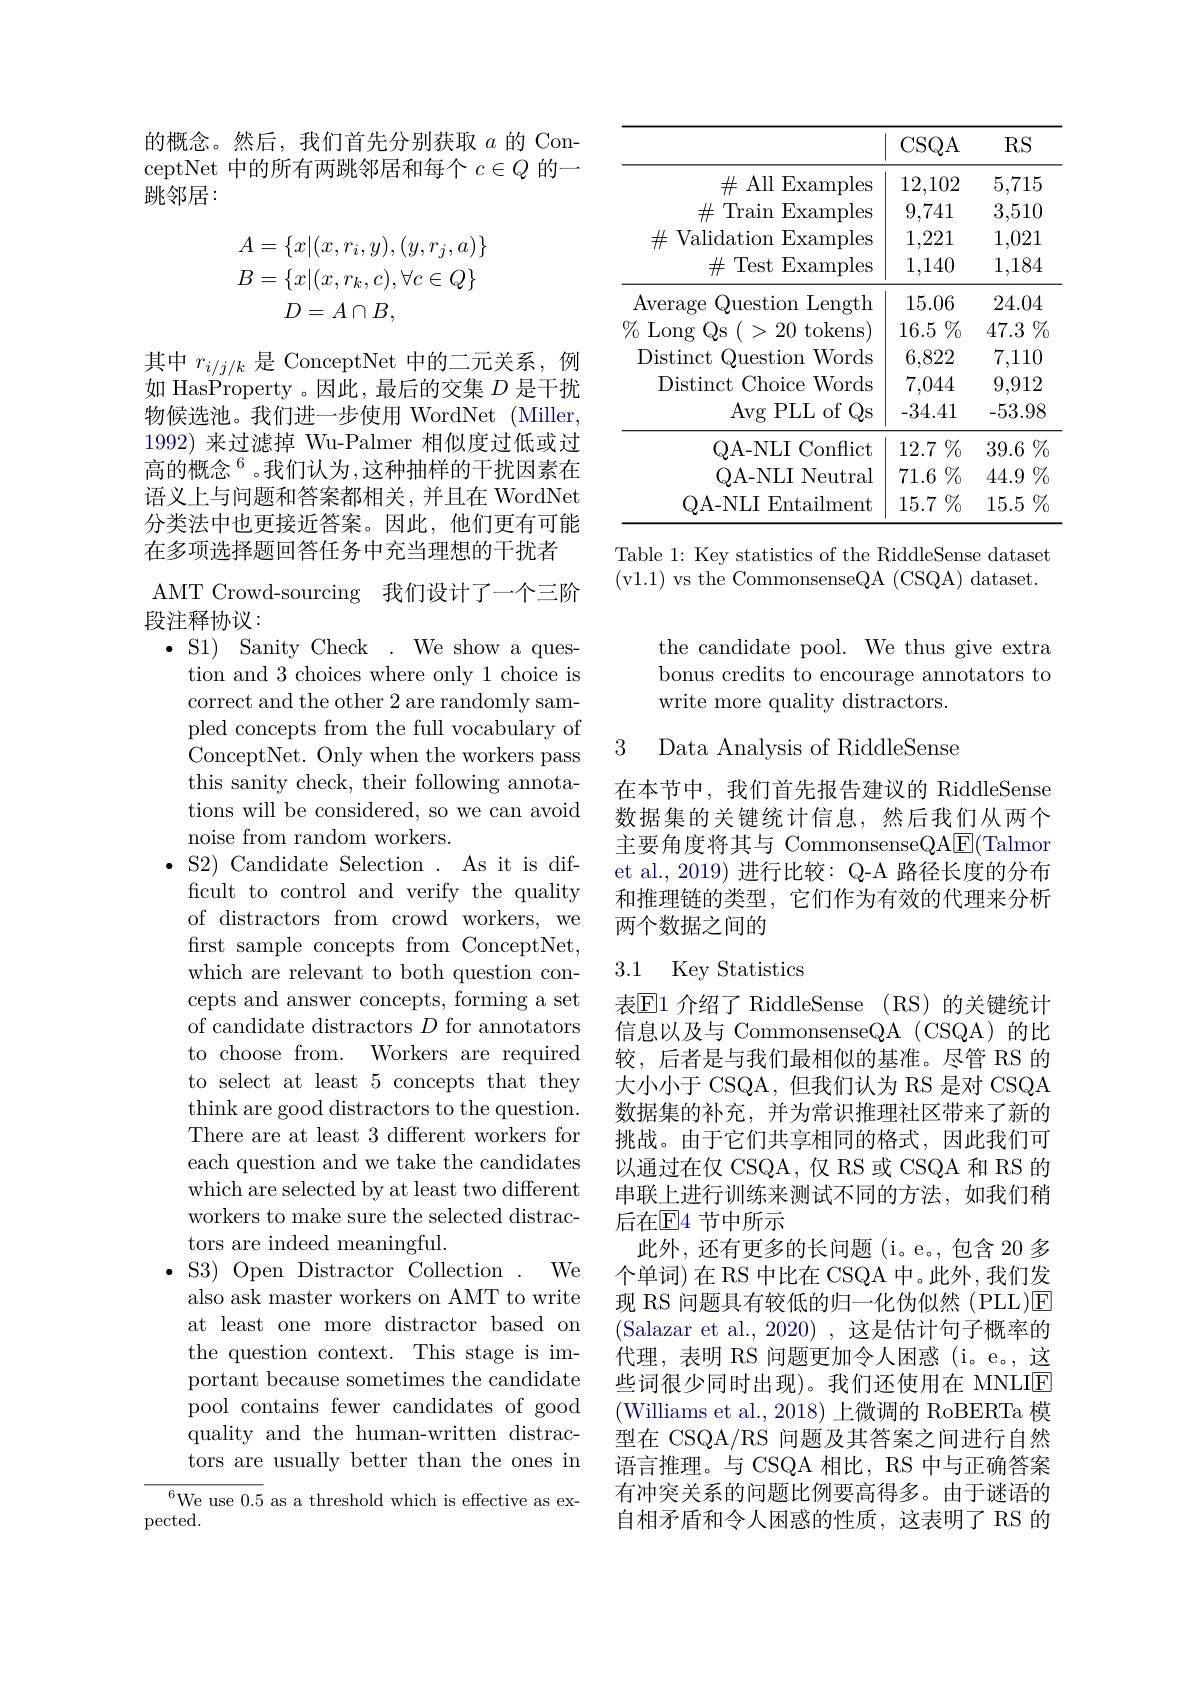
的概念。然后，我们首先分别获取$a$的 ConceptNet 中的所有两跳邻居和每个$c\in Q$的一跳邻居：
$$\begin{aligned}A&=\{x|(x,r_i,y),(y,r_j,a)\}\\B&=\{x|(x,r_k,c),\forall c\in Q\}\\D&=A\cap B,\end{aligned}$$
其中$r_i/j/k$ 是 ConceptNet 中的二元关系，例

如 HasProperty 。因此，最后的交集$D$是干扰

物候选池。我们进一步使用 WordNet (Miller,

1992) 来过滤掉 Wu-Palmer 相似度过低或过

高的概念$^6$。我们认为，这种抽样的干扰因素在

语义上与问题和答案都相关，并且在 WordNet

分类法中也更接近答案。因此，他们更有可能

在多项选择题回答任务中充当理想的干扰者

AMT Crowd-sourcing 我们设计了一个三阶
段注释协议：
$\bullet$ S1) Sanity Check . We show a ques-
tion and 3 choices where only 1 choice is correct and the other 2 are randomly sampled concepts from the full vocabulary of ConceptNet. Only when the workers pass this sanity check, their following annotations will be considered, so we can avoid noise from random workers.
$\bullet$ S2) Candidate Selection . As it is dif-
ficult to control and verify the quality of distractors from crowd workers, we first sample concepts from ConceptNet, which are relevant to both question concepts and answer concepts, forming a set of candidate distractors $D$ for annotators to choose from. Workers are required to select at least 5 concepts that they think are good distractors to the question. There are at least 3 different workers for each question and we take the candidates which are selected by at least two different workers to make sure the selected distractors are indeed meaningful.
$We$
$\bullet$S3) Open Distractor Collection.
also ask master workers on AMT to write at least one more distractor based on the question context. This stage is important because sometimes the candidate pool contains fewer candidates of good quality and the human-written distractors are usually better than the ones in
${^{6}\text{We use }0.5}$ as a threshold which is effective as ex-

pected.

<table>
	<tbody>
		<tr>
			<th> </th>
			<th>CSQA</th>
			<th>$RS$</th>
		</tr>
		<tr>
			<td>$\#$ All Examples</td>
			<td>12,102</td>
			<td>5,715</td>
		</tr>
		<tr>
			<td>$\#$ Train Examples</td>
			<td>9,741</td>
			<td>3,510</td>
		</tr>
		<tr>
			<td>$\#$ Validation ${\mathrm{~Examples}}$</td>
			<td>1,221</td>
			<td>1,021</td>
		</tr>
		<tr>
			<td>$\#$ Test Examples</td>
			<td>1,140</td>
			<td>1,184</td>
		</tr>
		<tr>
			<td>Average Question Length</td>
			<td>15.06</td>
			<td>24.04</td>
		</tr>
		<tr>
			<td>$\%$ 1 Long $QS$ (>20tokens)</td>
			<td>$16.5\%$</td>
			<td>$47.3\%$</td>
		</tr>
		<tr>
			<td>Distinct Question ${\mathrm{n}}{\mathrm{Words}}$</td>
			<td>6,822</td>
			<td>7,110</td>
		</tr>
		<tr>
			<td>Distinct Choice Words</td>
			<td>7,044</td>
			<td>9,912</td>
		</tr>
		<tr>
			<td>$\operatorname{Avg}$PLL of Qs</td>
			<td>-34.41</td>
			<td>-53.98</td>
		</tr>
		<tr>
			<td>QA- NLI [Conflict</td>
			<td>$12.7\%$</td>
			<td>$39.6\%$</td>
		</tr>
		<tr>
			<td>QA-NLI Neutral</td>
			<td>$71.6\%$</td>
			<td>$44.9\%$</td>
		</tr>
		<tr>
			<td>OA- NLI Entailment</td>
			<td>$15.7\%$</td>
			<td>$15.5\%$</td>
		</tr>
	</tbody>
</table>
Table 1: Key statistics of the RiddleSense dataset

(v1.1) vs the CommonsenseQA (CSQA) dataset.

the candidate pool. We thus give extra bonus credits to encourage annotators to write more quality distractors.

3 Data Analysis of RiddleSense

在本节中，我们首先报告建议的 RiddleSense 数据集的关键统计信息，然后我们从两个主要角度将其与 CommonsenseQA$\underline{\mathrm{E}}($Talmor et al., 2019) 进行比较：Q-A 路径长度的分布和推理链的类型，它们作为有效的代理来分析两个数据之间的

### 3.1 Key Statistics

表$\operatorname{E1}$ 介绍了 RiddleSense (RS)的关键统计信息以及与 CommonsenseQA (CSQA)的比较，后者是与我们最相似的基准。尽管 RS 的大小小于 CSQA, 但我们认为 RS 是对 CSQA 数据集的补充，并为常识推理社区带来了新的挑战。由于它们共享相同的格式，因此我们可以通过在仅 CSQA, 仅 RS 或 CSQA 和 RS 的串联上进行训练来测试不同的方法，如我们稍后在E4 节中所示
此外，还有更多的长问题(i。e。,包含 20 多个单词)在 RS 中比在 CSQA 中。此外，我们发现 RS 问题具有较低的归一化伪似然(PLL)E (Salazar et al., 2020) , 这是估计句子概率的代理，表明 RS 问题更加令人困惑(i。e。,这些词很少同时出现)。我们还使用在 MNLIE (Williams et al., 2018) 上微调的 RoBERTa 模型在 CSQA/RS 问题及其答案之间进行自然语言推理。与 CSQA 相比，RS 中与正确答案有冲突关系的问题比例要高得多。由于谜语的自相矛盾和令人困惑的性质，这表明了 RS 的